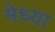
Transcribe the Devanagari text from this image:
मेध्या